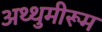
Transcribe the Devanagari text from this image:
अथ्थुमीरूम